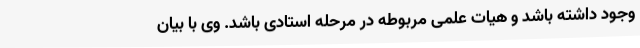
وجود داشته باشد و هیات علمی مربوطه در مرحله استادی باشد. وی با بیان